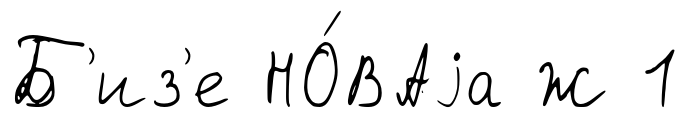
Б'из'е НО́ВАjа Ж 1